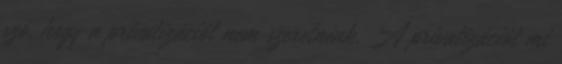
szó, hogy a privatizációt nem szeretnénk. A privatizációt mi